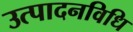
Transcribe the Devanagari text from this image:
उत्पादनविधि